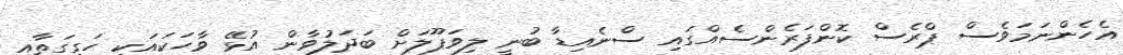
އެހެންނަމަވެސް ޕްރެސް ކޮންފަރެންސެއްގައި ސްނެއިޑާ ބުނީ ލިވަޕޫލަށް ބަދަލުވާން އުޅޭ ވާހަކައަކީ ހަގީގަތާއި